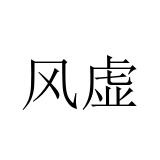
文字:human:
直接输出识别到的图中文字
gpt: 风虚